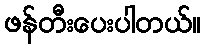
ဖန်တီးပေးပါတယ်။